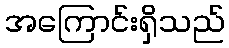
အကြောင်းရှိသည်